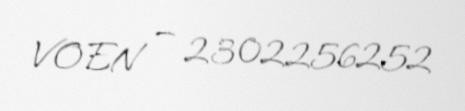
VOEN — 2302256252